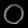
Digit: ၀